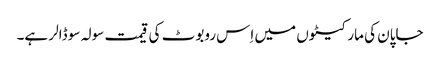
جاپان کی مارکیٹوں میں اِس روبوٹ کی قیمت سولہ سو ڈالر ہے۔